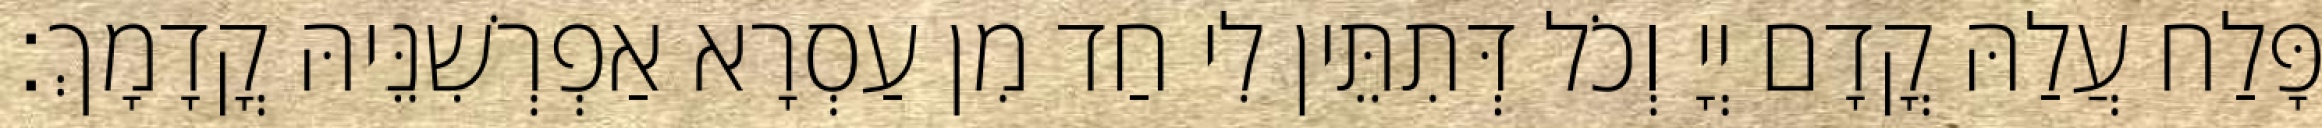
פָּלַח עֲלַהּ קֳדָם יְיָ וְכֹל דְּתִתֵּין לִי חַד מִן עַסְרָא אַפְרְשִׁנֵּיהּ קֳדָמָךְ׃